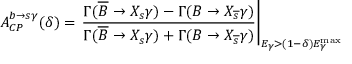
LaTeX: A _ { C P } ^ { b \rightarrow s \gamma } ( \delta ) = \left. \frac { \Gamma ( \overline { { { B } } } \rightarrow X _ { s } \gamma ) - \Gamma ( B \rightarrow X _ { \overline { { { s } } } } \gamma ) } { \Gamma ( \overline { { { B } } } \rightarrow X _ { s } \gamma ) + \Gamma ( B \rightarrow X _ { \overline { { { s } } } } \gamma ) } \right| _ { E _ { \gamma } > ( 1 - \delta ) E _ { \gamma } ^ { \mathrm { m a x } } } \,